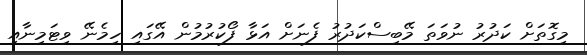
މިގޮތަށް ކަދުރު ނުވަތަ މޭބިސްކަދުރު ފެނަށް އަޅާ ފޯކުރުމުން އޭގައި ހިމެނޭ ވިޓަމިނާއި